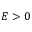
E > 0